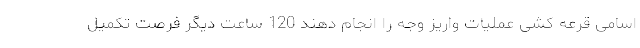
اسامی قرعه کشی عملیات واریز وجه را انجام دهند 120 ساعت دیگر فرصت تکمیل